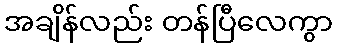
အချိန်လည်း တန်ပြီလေကွာ